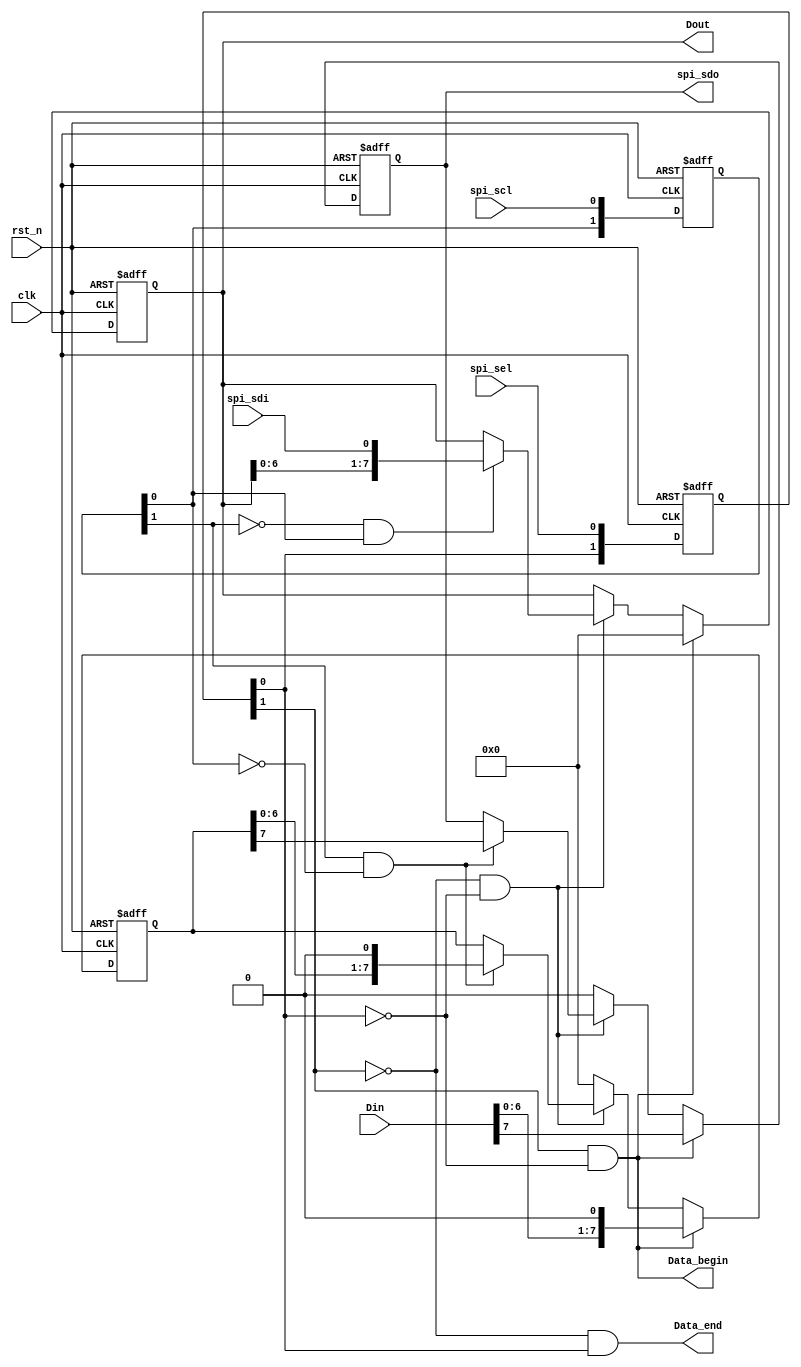
// SPI mode0 (Posedge sampling, Negedge load data)
module SPI #(
    parameter width = 8
)
(
    input   wire                clk,
    input   wire                rst_n,

    input   wire                spi_scl,
    input   wire                spi_sdi,
    output  reg                 spi_sdo,
    input   wire                spi_sel,

    input   wire    [width-1:0] Din,
    output  reg     [width-1:0] Dout,
    output  reg                 Data_begin,
    output  reg                 Data_end
);


reg     [width-1:0]     r_Din;

reg     [1:0]           r_spi_scl;
wire                    pos_spi_scl;
wire                    neg_spi_scl;

reg     [1:0]           r_spi_sel;
wire                    pos_spi_sel;
wire                    neg_spi_sel;
wire                    en_spi_sel;


// edge detect
always @(posedge clk, negedge rst_n) begin
    if(!rst_n) begin
        r_spi_scl <= 2'b00;
        r_spi_sel <= 2'b11;
    end
    else begin
        r_spi_scl <= {r_spi_scl[0], spi_scl};
        r_spi_sel <= {r_spi_sel[0], spi_sel};
    end
end

assign pos_spi_scl = (!r_spi_scl[1]) &( r_spi_scl[0]);
assign neg_spi_scl = ( r_spi_scl[1]) &(!r_spi_scl[0]);
assign pos_spi_sel = (!r_spi_sel[1]) &( r_spi_sel[0]);
assign neg_spi_sel = ( r_spi_sel[1]) &(!r_spi_sel[0]);
assign en_spi_sel  = (!r_spi_sel[1]) &(!r_spi_sel[0]);

always @(*) begin
    Data_begin  = neg_spi_sel;
    Data_end    = pos_spi_sel;
end

// receive part
always @(posedge clk, negedge rst_n) begin
    if(!rst_n)
        Dout <= {width{1'b0}};
    else if(neg_spi_sel)
        Dout <= {width{1'b0}};
    else if(en_spi_sel)
        if(pos_spi_scl)
            Dout[width-1:0] <= {Dout[width-2:0], spi_sdi};
        else
            Dout <= Dout;
    else
        Dout <= Dout;
end


// transmit part
always @(posedge clk, negedge rst_n) begin
    if(!rst_n) begin
        spi_sdo <= 1'b0;
        r_Din   <= {width{1'b0}};
    end
    else if(neg_spi_sel) begin
        spi_sdo <= Din[width-1];
        r_Din   <= {Din[width-2:0], 1'b0};
    end
    else if(en_spi_sel)
        if(neg_spi_scl) begin
            spi_sdo <= r_Din[width-1];
            r_Din   <= {r_Din[width-2:0], 1'b0};
        end
        else begin
            spi_sdo <= spi_sdo;
            r_Din   <= r_Din;
        end
    else begin
        spi_sdo <= 1'b0;
        r_Din   <= {width{1'b0}};
    end
end


endmodule